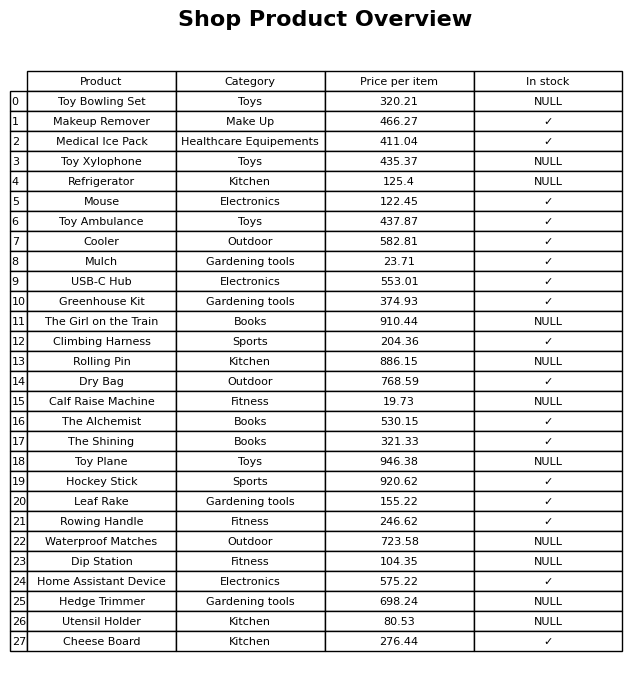
question: What is the price for Toy Plane?
answer: The price of Toy Plane is 946.38.